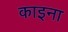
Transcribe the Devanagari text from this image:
काइना